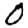
Digit: 0